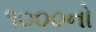
૧૦૦૦નો